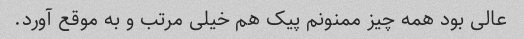
عالی بود همه چیز ممنونم پیک هم خیلی مرتب و به موقع آورد.